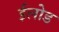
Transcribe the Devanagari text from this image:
ईलोड